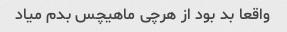
واقعا بد بود از هرچی ماهیچس بدم میاد